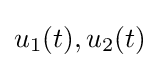
u_{1}(t),u_{2}(t)